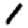
Digit: 1